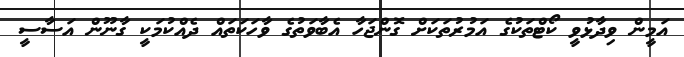
އަމީން ވިދާޅުވީ ކޯޓްތަކުގެ އަމުރުތަކަށް ގޮންޖަހާ އެބާވަތުގެ ވާހަކަތައް ދެއްކުމަކީ ގާނޫން އަސާސީ